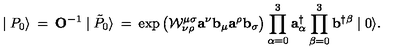
\mid { P } _ { 0 } \rangle \: = \: { \mathbf O ^ { - 1 } } \mid \tilde { P } _ { 0 } \rangle \: = \: \exp \left( { \cal W } _ { \nu \rho } ^ { \mu \sigma } { \mathbf a } ^ { \nu } { \mathbf b } _ { \mu } { \mathbf a } ^ { \rho } { \mathbf b } _ { \sigma } \right) \prod _ { \alpha = 0 } ^ { 3 } { \mathbf a } _ { \alpha } ^ { \dagger } \prod _ { \beta = 0 } ^ { 3 } { \mathbf b } ^ { \dagger \beta } \mid 0 \rangle .